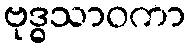
ဗုဒ္ဓသာဝကာ